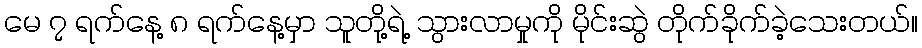
မေ ၇ ရက်နေ့ ၈ ရက်နေ့မှာ သူတို့ရဲ့ သွားလာမှုကို မိုင်းဆွဲ တိုက်ခိုက်ခဲ့သေးတယ်။